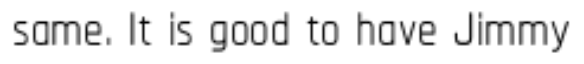
same. It is good to have Jimmy